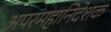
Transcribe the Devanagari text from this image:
अपरमहानिदेशक